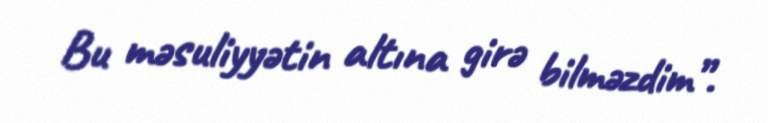
Bu məsuliyyətin altına girə bilməzdim”.